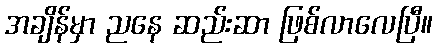
အချိန်မှာ ညနေ ဆည်းဆာ ဖြစ်လာလေပြီ။